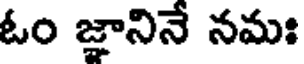
ఓం జ్ఞానినే నమః